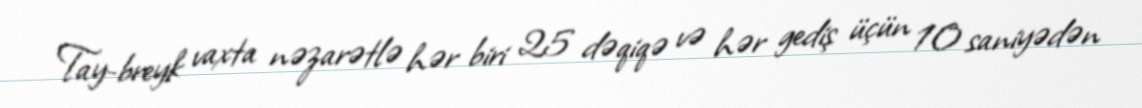
Tay-breyk vaxta nəzarətlə hər biri 25 dəqiqə və hər gediş üçün 10 saniyədən